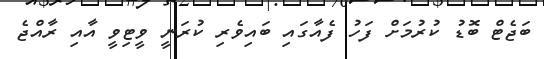
ބަޖެޓް ބޮޑު ކުރުމަށް ފަހު ފެއާގައި ބައިވެރި ކުރަނީ ވީޓިވީ އާއި ރާއްޖެ